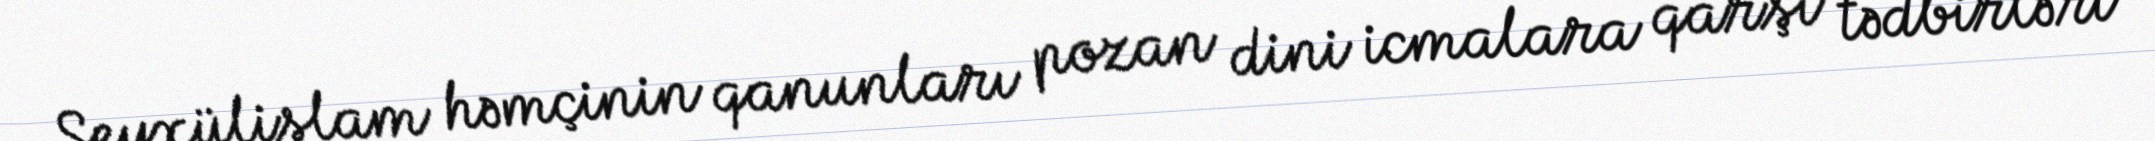
Şeyxülislam həmçinin qanunları pozan dini icmalara qarşı tədbirləri